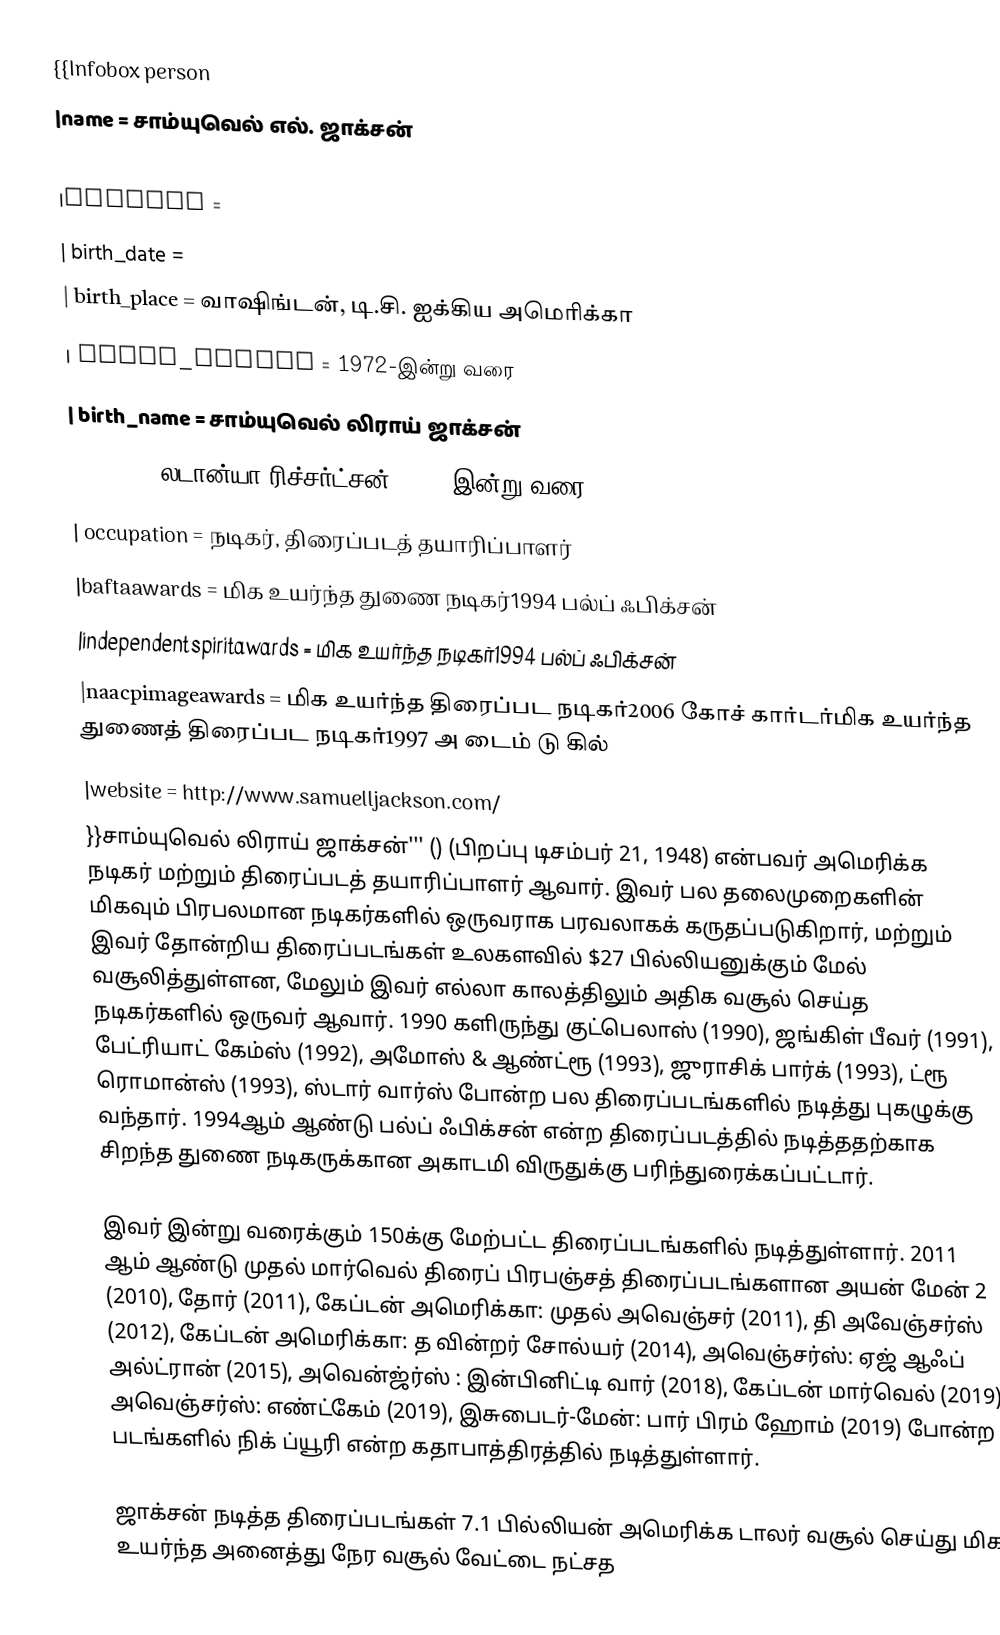
{{Infobox person
|name = சாம்யுவெல் எல். ஜாக்சன்
|image = Samuel L. Jackson 2019 by Glenn Francis.jpg
|caption =
| birth_date         =
| birth_place        = வாஷிங்டன், டி.சி.  ஐக்கிய அமெரிக்கா
| years_active  = 1972-இன்று வரை
| birth_name    = சாம்யுவெல் லிராய் ஜாக்சன்
|spouse   = லடான்யா ரிச்சர்ட்சன் (1980-இன்று வரை)
| occupation    = நடிகர், திரைப்படத் தயாரிப்பாளர்
|baftaawards   = மிக உயர்ந்த துணை நடிகர்1994 பல்ப் ஃபிக்சன்
|independentspiritawards  = மிக உயர்ந்த நடிகர்1994 பல்ப் ஃபிக்சன்
|naacpimageawards  = மிக உயர்ந்த திரைப்பட நடிகர்2006 கோச் கார்டர்மிக உயர்ந்த துணைத் திரைப்பட நடிகர்1997 அ டைம் டு கில்
|website = http://www.samuelljackson.com/
}}சாம்யுவெல் லிராய் ஜாக்சன்''' () (பிறப்பு டிசம்பர் 21, 1948) என்பவர் அமெரிக்க நடிகர் மற்றும் திரைப்படத் தயாரிப்பாளர் ஆவார். இவர் பல தலைமுறைகளின் மிகவும் பிரபலமான நடிகர்களில் ஒருவராக பரவலாகக் கருதப்படுகிறார், மற்றும் இவர் தோன்றிய திரைப்படங்கள் உலகளவில் $27 பில்லியனுக்கும் மேல் வசூலித்துள்ளன, மேலும் இவர் எல்லா காலத்திலும் அதிக வசூல் செய்த நடிகர்களில் ஒருவர் ஆவார். 1990 களிருந்து குட்பெலாஸ் (1990), ஜங்கிள் பீவர் (1991), பேட்ரியாட் கேம்ஸ் (1992), அமோஸ் & ஆண்ட்ரூ (1993), ஜுராசிக் பார்க்  (1993), ட்ரூ ரொமான்ஸ் (1993), ஸ்டார் வார்ஸ் போன்ற பல திரைப்படங்களில் நடித்து புகழுக்கு வந்தார். 1994ஆம் ஆண்டு பல்ப் ஃபிக்சன் என்ற திரைப்படத்தில் நடித்ததற்காக சிறந்த துணை நடிகருக்கான அகாடமி விருதுக்கு பரிந்துரைக்கப்பட்டார்.

இவர் இன்று வரைக்கும் 150க்கு மேற்பட்ட திரைப்படங்களில் நடித்துள்ளார். 2011 ஆம் ஆண்டு முதல் மார்வெல் திரைப் பிரபஞ்சத் திரைப்படங்களான  அயன் மேன் 2 (2010), தோர்  (2011), கேப்டன் அமெரிக்கா: முதல் அவெஞ்சர் (2011), தி அவேஞ்சர்ஸ் (2012), கேப்டன் அமெரிக்கா: த வின்றர் சோல்யர் (2014), அவெஞ்சர்ஸ்: ஏஜ் ஆஃப் அல்ட்ரான் (2015), அவென்ஜ்ர்ஸ் : இன்பினிட்டி வார் (2018), கேப்டன் மார்வெல் (2019), அவெஞ்சர்ஸ்: எண்ட்கேம் (2019), இசுபைடர்-மேன்: பார் பிரம் ஹோம் (2019) போன்ற படங்களில் நிக் ப்யூரி என்ற கதாபாத்திரத்தில் நடித்துள்ளார்.

ஜாக்சன் நடித்த திரைப்படங்கள் 7.1 பில்லியன் அமெரிக்க டாலர் வசூல் செய்து மிக உயர்ந்த அனைத்து நேர வசூல் வேட்டை நட்சத